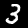
Digit: 3